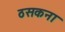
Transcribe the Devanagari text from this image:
ठसकना